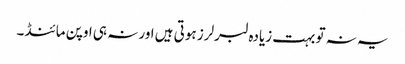
یہ نہ تو بہت زیادہ لبرلرز ہوتی ہیں اور نہ ہی اوپن مائنڈ ۔